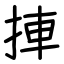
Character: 捙